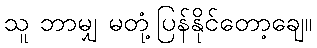
သူ ဘာမျှ မတုံ့ပြန်နိုင်တော့ချေ။